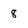
Character: 8